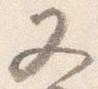
又